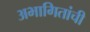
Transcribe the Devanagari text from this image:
अभागितांची